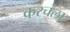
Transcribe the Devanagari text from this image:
करचला